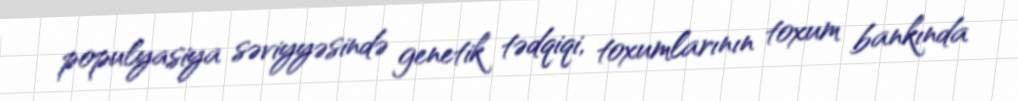
populyasiya səviyyəsində genetik tədqiqi, toxumlarının toxum bankında